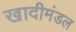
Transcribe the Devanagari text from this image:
खादीमंडल